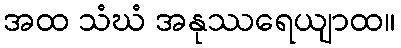
အထ သံဃံ အနုဿရေယျာထ။